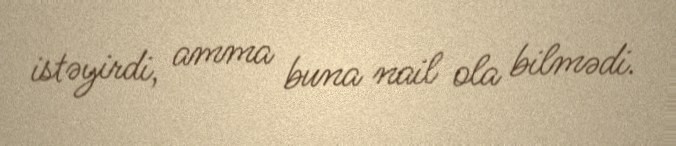
istəyirdi, amma buna nail ola bilmədi.